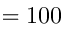
= 1 0 0